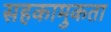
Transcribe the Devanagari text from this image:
सहकामुकता